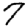
Digit: 7